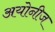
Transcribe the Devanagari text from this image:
अयोनीज